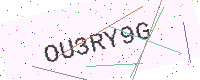
Text: OU3RY9G